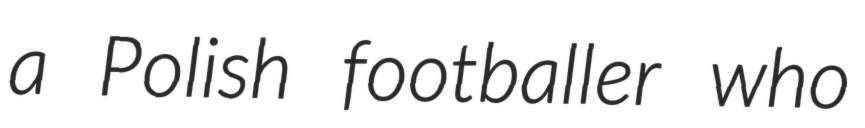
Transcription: a Polish footballer who